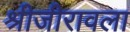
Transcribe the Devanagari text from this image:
श्रीजीरावला